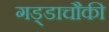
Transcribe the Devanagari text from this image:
गड्डाचौकी